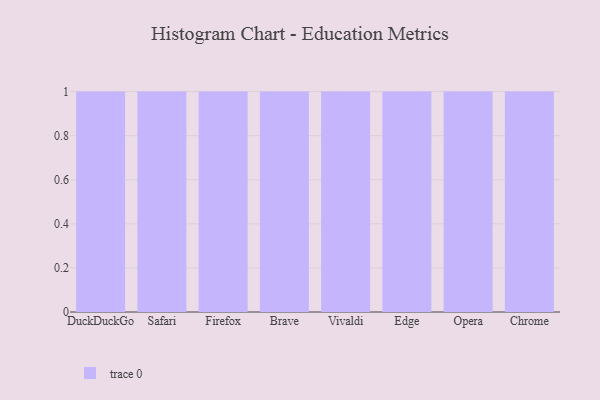
{"axis": {"x": "Browser", "y": "Customer Acquisition Cost (USD)"}, "legend": [""], "data": [{"x": "DuckDuckGo", "y": 39, "type": ""}, {"x": "Safari", "y": 17, "type": ""}, {"x": "Firefox", "y": 80, "type": ""}, {"x": "Brave", "y": 70, "type": ""}, {"x": "Vivaldi", "y": 35, "type": ""}, {"x": "Edge", "y": 47, "type": ""}, {"x": "Opera", "y": 48, "type": ""}, {"x": "Chrome", "y": 17, "type": ""}]}